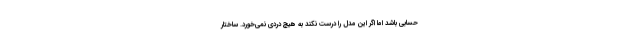
حسابی باشد اما اگر این مدل را درست نکند به هیچ دردی نمی‌‌خورد. ساختار